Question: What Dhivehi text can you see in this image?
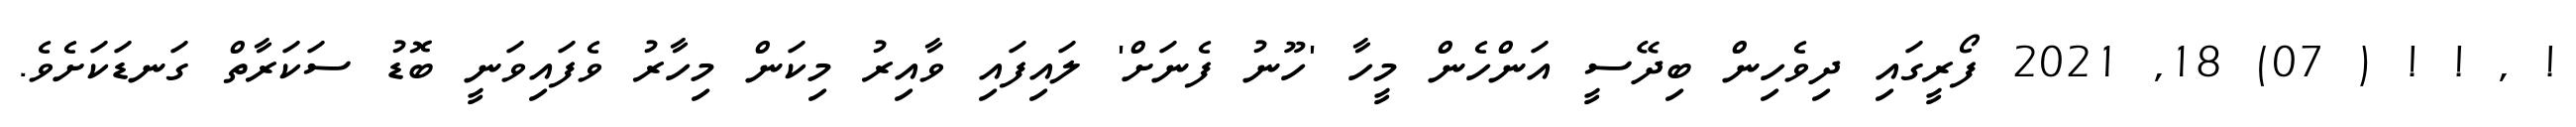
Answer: ! , ! ! ( 07) 18, 2021 ފޯރީގައި ދިވެހިން ބިދޭސީ އަންހެން މީހާ 'ހޫނު ފެނަށް' ލައިފައި ވާއިރު މިކަން މިހާރު ވެފައިވަނީ ބޮޑު ސަކަރާތް ގަނޑަކަށެވެ.